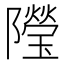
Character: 𨽓